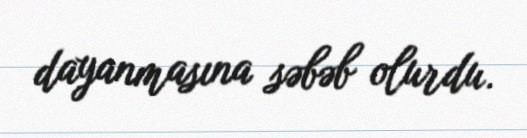
dayanmasına səbəb olurdu.